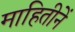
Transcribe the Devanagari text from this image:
माहितीनें